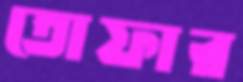
তোফার